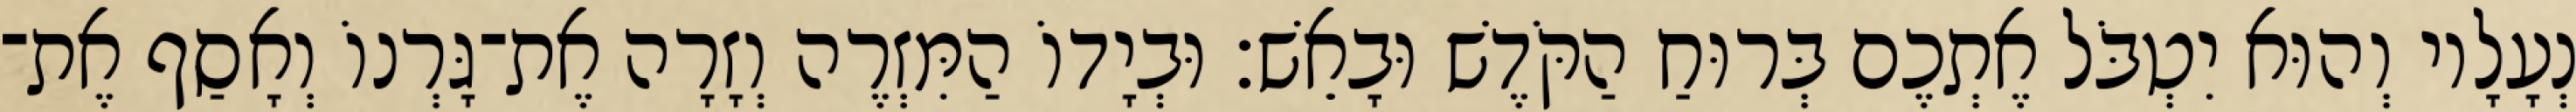
נְעָלָיו וְהוּא יִטְבֹּל אֶתְכֶם בְּרוּחַ הַקֹּדֶשׁ וּבָאֵשׁ׃ וּבְיָדוֹ הַמִּזְרֶה וְזָרָה אֶת־גָּרְנוֹ וְאָסַף אֶת־